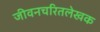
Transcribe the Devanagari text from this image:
जीवनचरितलेखक